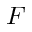
F